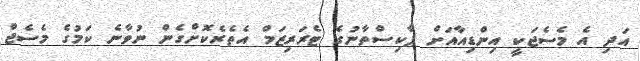
އަދި އެ މެސެޖަކީ އިންޑިއާއަށް ޕާކިސްތާނުގެ ޓެރަރިޒަމް އެތެރެކޮށްގެން ނުވާނެ ކަމުގެ މެސެޖް